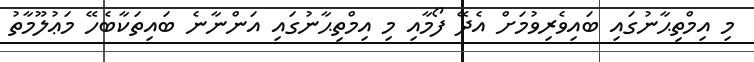
މި އިމްތިޙާނުގައި ބައިވެރިވުމަށް އެދޭ ފޯމާއި މި އިމްތިޙާނުގައި އަންނާނެ ބައިތަކާބެހޭ މަޢުލޫމާތު